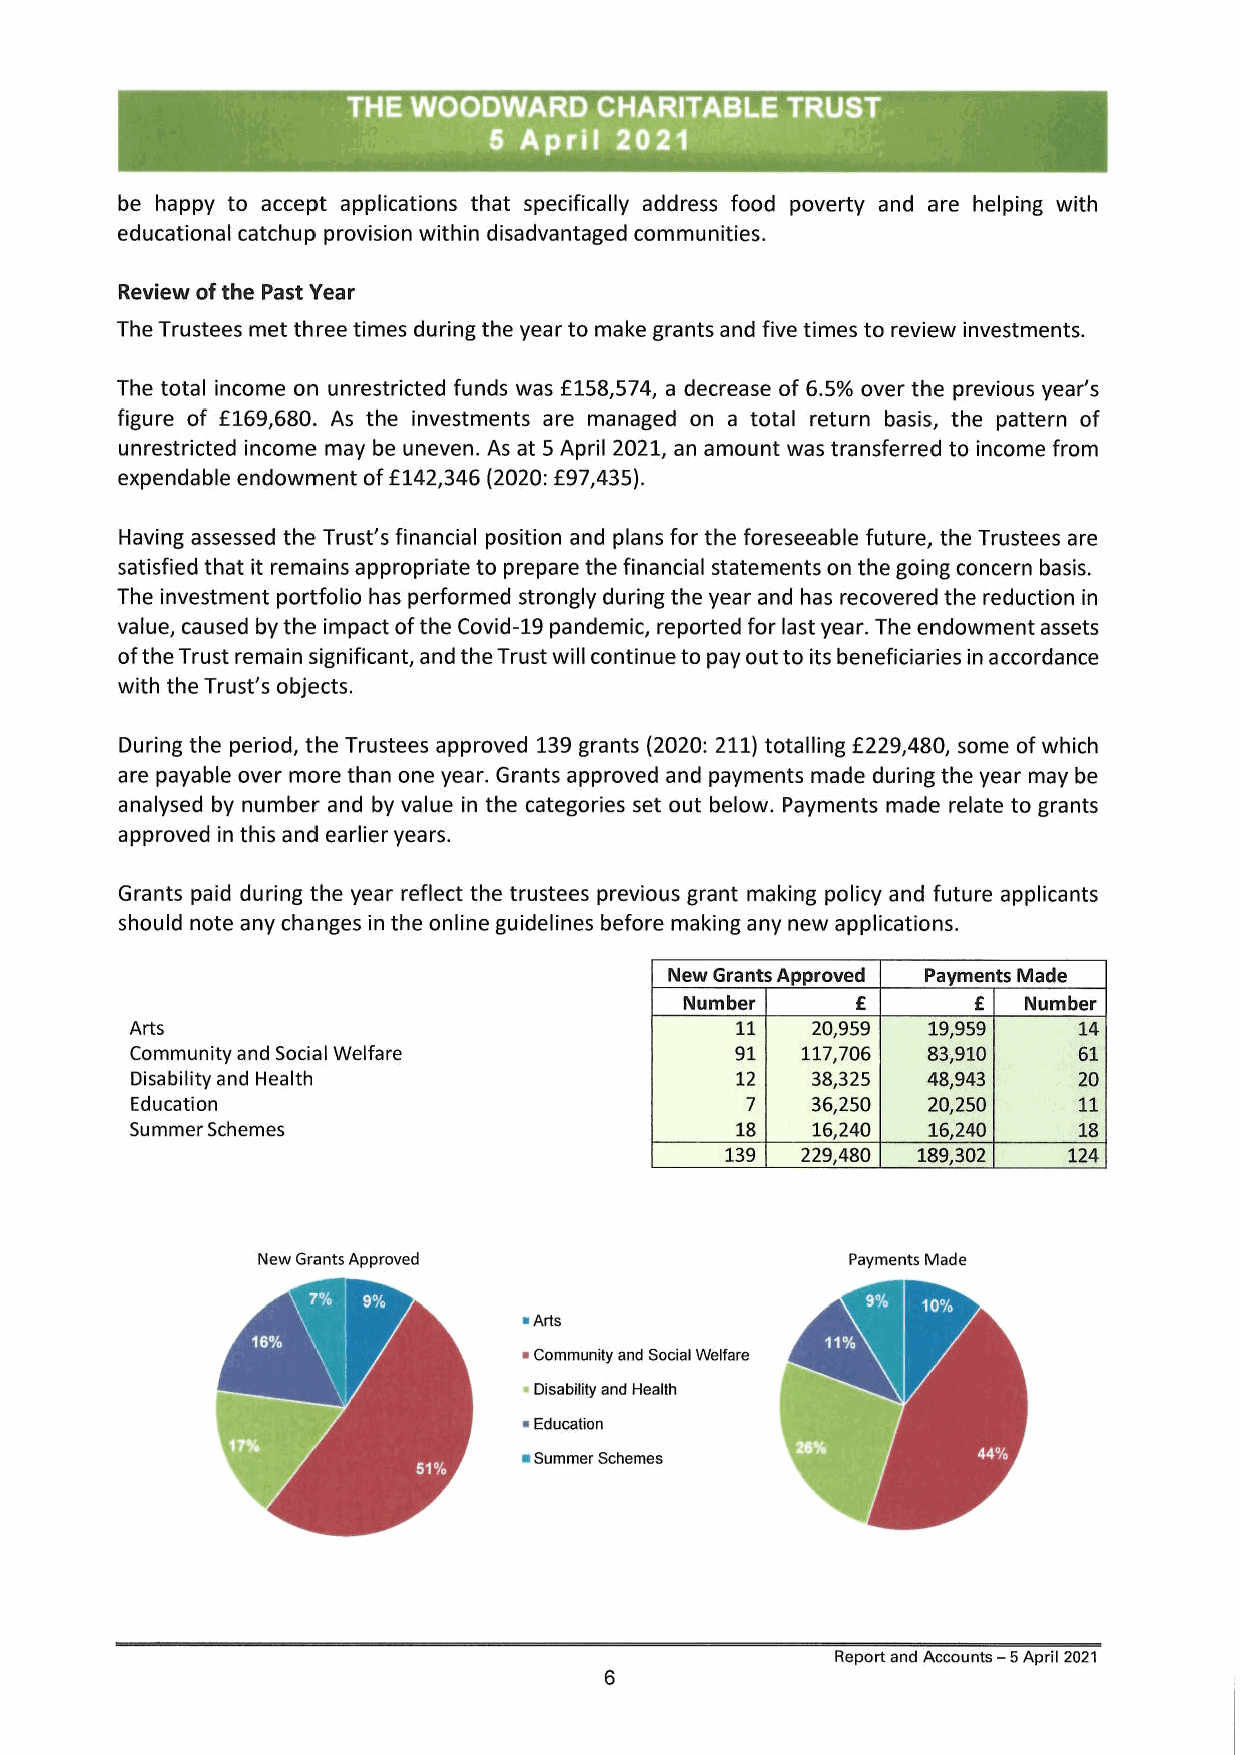
THE WOODWARD     CHARITABLE  TRUST
 § April  2021
 be happy to accept applications that specifically address food poverty and are helping with
 educational catchup provision within disadvantaged communities.
 Review of the Past Year
 The Trustees met three times during the year to make grants and five times to review investments.
 The total income on unrestricted funds was £158,574, a decrease of 6.5% over the previous year’s
 figure of £169,680. As the investments are managed on a total return basis, the pattern of
 unrestricted income may be uneven. As at 5 April 2021, an amount was transferred to income from
 expendable endowment of £142,346 (2020: £97,435).
 Having assessed the Trust's financial position and plans for the foreseeable future, the Trustees are
 satisfied that it remains appropriate to prepare the financial statements on the going concern basis.
 The investment portfolio has performed strongly during the year and has recovered the reduction in
 value, caused by the impact of the Covid-19 pandemic, reported for last year. The endowment assets
 of the Trust remain significant, and the Trust will continue to pay out to its beneficiaries in accordance
 with the Trust's objects.
 During the period, the Trustees approved 139 grants (2020: 211) totalling £229,480, some of which
 are payable over more than one year. Grants approved and payments made during the year may be
 analysed by number and by value in the categories set out below. Payments made relate to grants
 approved in this and earlier years.
 Grants paid during the year reflect the trustees previous grant making policy and future applicants
 should note any changes in the online guidelines before making any new applications.
 New Grants Approved Payments Made
 Number      £      £   Number
 Arts                                    11   20,959 19,959    14
 Community and Social Welfare            91  117,706 83,910    61
 Disability and Health                   12   38,325 48,943    20
 Education                               7    36,250 20,250    11
 Summer Schemes                          18   16,240 16,240    18
 139  229,480 189,302   124
 New Grants Approved                    Payments Made
 » Arts
 » Community and Social Welfare
 « Disability and Health
 = Education
 =u Summer Schemes
 Report and Accounts — 5 April 2021